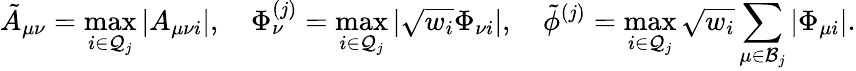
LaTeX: \tilde{A}_{\mu\nu}=\operatorname*{max}_{i\in\mathcal{Q}_{j}}\vert A_{\mu\nu i}\vert,\quad\Phi_{\nu}^{(j)}=\operatorname*{max}_{i\in\mathcal{Q}_{j}}\vert\sqrt{w_{i}}\Phi_{\nu i}\vert,\quad\tilde{\phi}^{(j)}=\operatorname*{max}_{i\in\mathcal{Q}_{j}}\sqrt{w_{i}}\sum_{\mu\in\mathcal{B}_{j}}\vert\Phi_{\mu i}\vert.